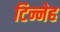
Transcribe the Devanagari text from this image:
टिन्नेह